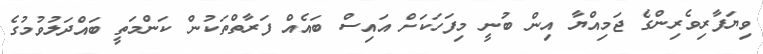
ވިޔަފާރިވެރިންގެ ޖަމިއްޔާ އިން ބުނީ މިފަހަކަށް އައިސް ބައެއް ފަރާތްތަކުން ކަންމަތީ ބައްދަލުވުމުގެ